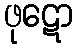
ဖုဋော